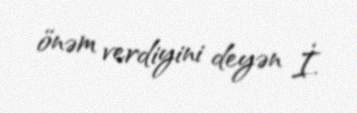
önəm verdiyini deyən İ.